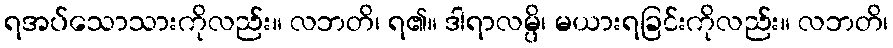
ရအပ်သောသားကိုလည်း။ လဘတိ၊ ရ၏။ ဒါရာလမ္ပိ၊ မယားရခြင်းကိုလည်း။ လဘတိ၊